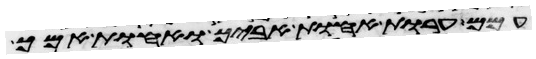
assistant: עמם ערות אחות אביך ואחות אמך